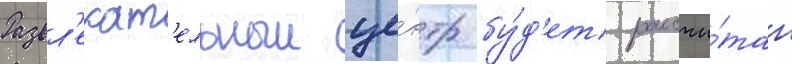
Развл'екат'ельныи це́нтр бу́д'ет рассчи́тан